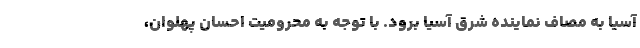
آسیا به مصاف نماینده شرق آسیا برود. با توجه به محرومیت احسان پهلوان،